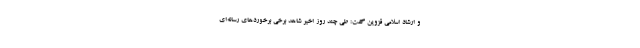
و ارشاد اسلامی قزوین گفت: طی چند روز اخیر شاهد برخی برخوردهای رسانه‌ای